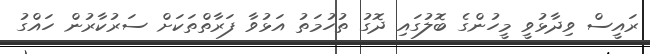
ރައީސް ވިދާޅުވީ މީހުންގެ ބޮލުގައި ދޮގު ތުހުމަތު އަޅުވާ ފަރާތްތަކަށް ސަރުކާރުން ހައްގު